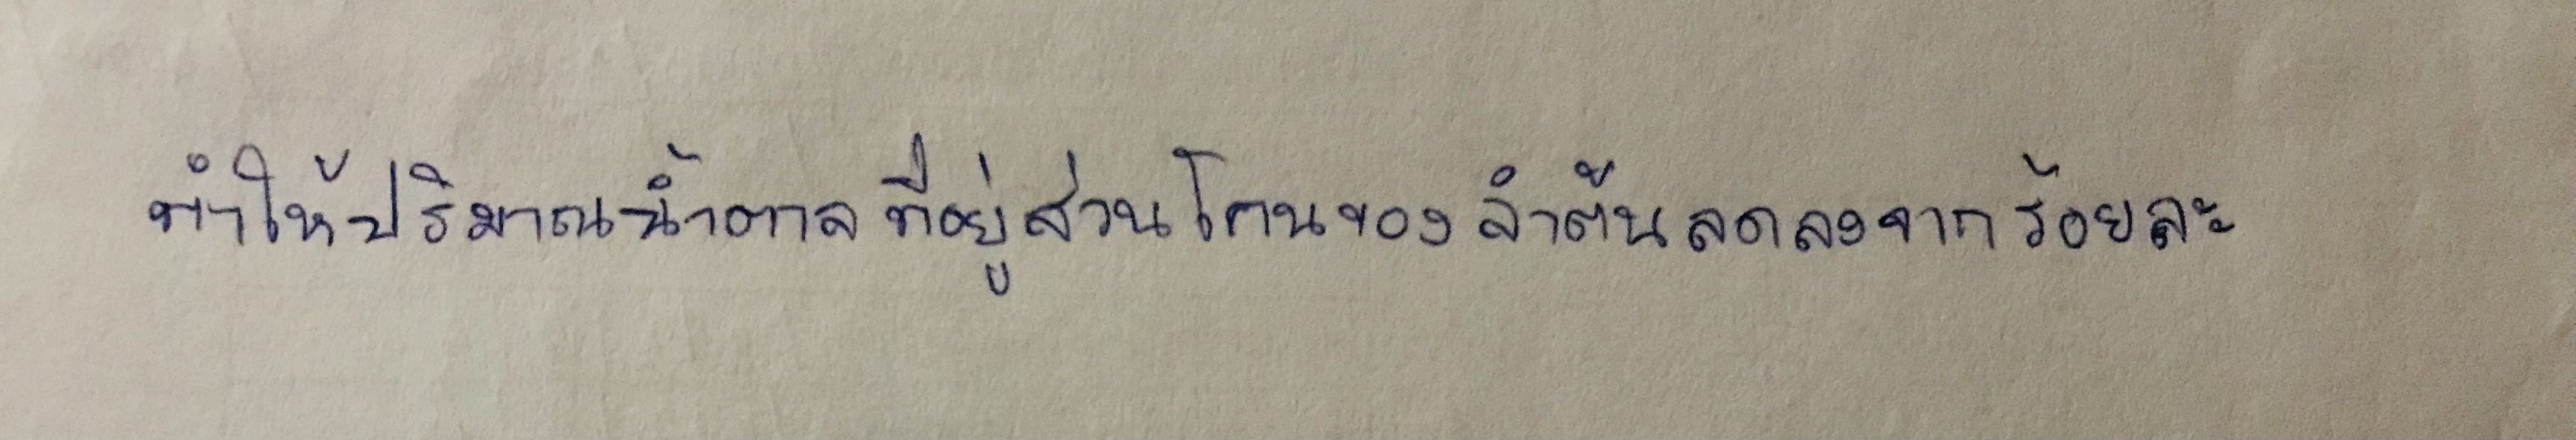
ทำให้ปริมาณน้ำตาลที่อยู่ส่วนโคนของลำต้นลดลงจากร้อยละ